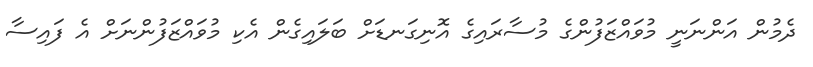
ދެމުން އަންނަނީ މުވައްޒަފުންގެ މުސާރައިގެ އޮނިގަނޑަށް ބަލައިގެން އެކި މުވައްޒަފުންނަށް އެ ފައިސާ